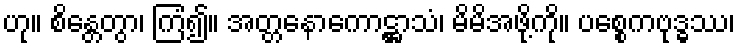
ဟု။ စိန္တေတွာ၊ ကြံ၍။ အတ္တနောကောဋ္ဌာသံ၊ မိမိအဖို့ကို။ ပစ္စေကဗုဒ္ဓဿ၊